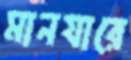
মানযারে